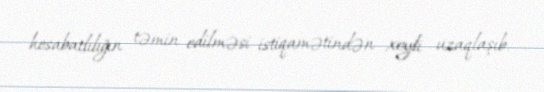
hesabatlılığın təmin edilməsi istiqamətindən xeyli uzaqlaşıb.